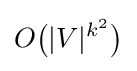
O{\bigl (}|V|^{k^{2}}{\bigr )}